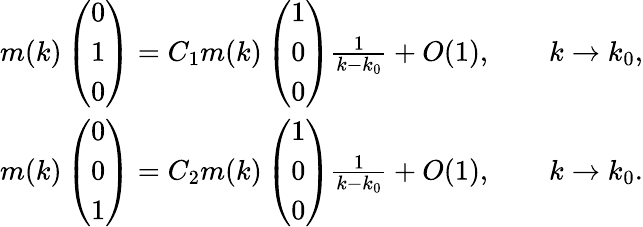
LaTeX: \begin{array}{r}{m(k)\left(\begin{array}{l}{0}\\ {1}\\ {0}\end{array}\right)=C_{1}m(k)\left(\begin{array}{l}{1}\\ {0}\\ {0}\end{array}\right)\frac{1}{k-k_{0}}+O(1),\qquad k\to k_{0},}\\ {m(k)\left(\begin{array}{l}{0}\\ {0}\\ {1}\end{array}\right)=C_{2}m(k)\left(\begin{array}{l}{1}\\ {0}\\ {0}\end{array}\right)\frac{1}{k-k_{0}}+O(1),\qquad k\to k_{0}.}\end{array}